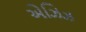
એઝિઝ